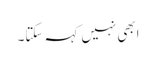
ابھی نہیں کہہ سکتا۔